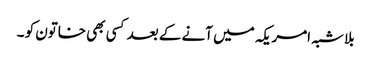
بلا شبہ امریکہ میں آنے کے بعد کسی بھی خاتون کو ۔